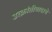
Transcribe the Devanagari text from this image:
उत्क्रांतीवादाचे